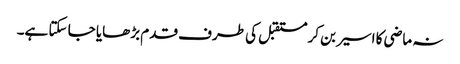
نہ ماضی کا اسیر بن کر مستقبل کی طرف قدم بڑھایا جا سکتا ہے۔